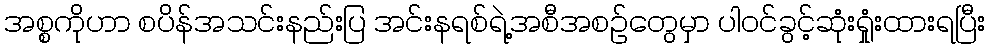
အစ္စကိုဟာ စပိန်အသင်းနည်းပြ အင်းနရစ်ရဲ့အစီအစဉ်တွေမှာ ပါဝင်ခွင့်ဆုံးရှုံးထားရပြီး